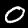
Digit: 0